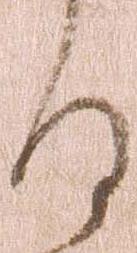
謹